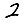
Digit: 2